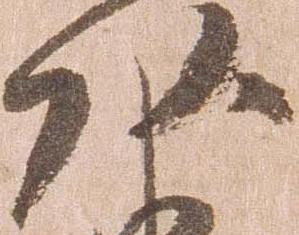
頭